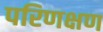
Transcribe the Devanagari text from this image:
परिणक्षण